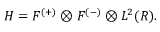
{ \cal H } = { \cal F } ^ { ( + ) } \otimes { \cal F } ^ { ( - ) } \otimes { \cal L } ^ { 2 } ( R ) .